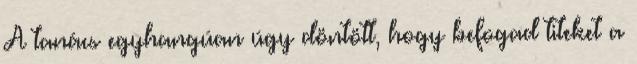
A tanács egyhangúan úgy döntött, hogy befogad titeket a